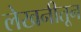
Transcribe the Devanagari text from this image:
लेखनीतून